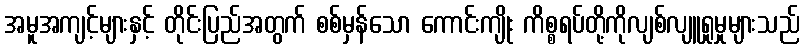
အမူအကျင့်များနှင့် တိုင်းပြည်အတွက် စစ်မှန်သော ကောင်းကျိုး ကိစ္စရပ်တို့ကိုလျစ်လျူရှုမှုများသည်